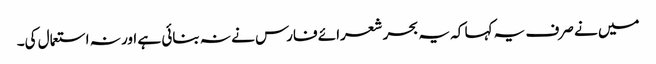
میں نے صرف یہ کہا کہ یہ بحر شعرائے فارس نے نہ بنائی ہے اور نہ استعمال کی۔